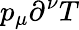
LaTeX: p_{\mu}\partial^{\nu}T